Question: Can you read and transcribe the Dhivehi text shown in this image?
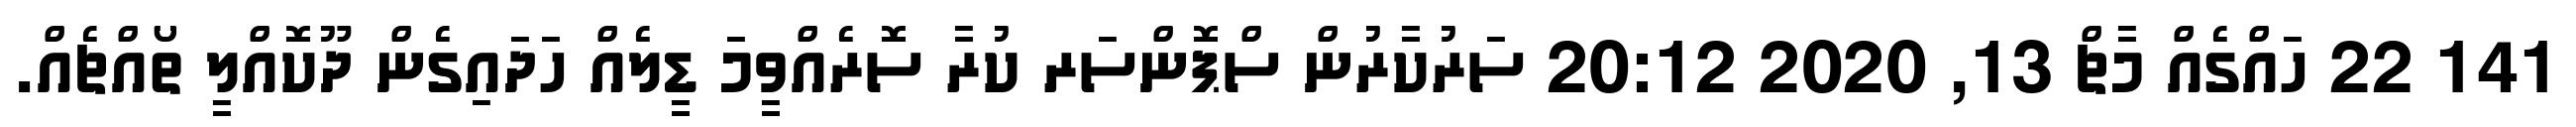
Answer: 141 22 ހައްގެއް މާޗް 13, 2020 20:12 ސަރުކާރުން ސްޕޮންސަރ ކުރާ ސޮރެއްވީމަ ޑީލެއް ހަދައިގެން ދޫކޮއްލީ ތޯއްޗެއް.